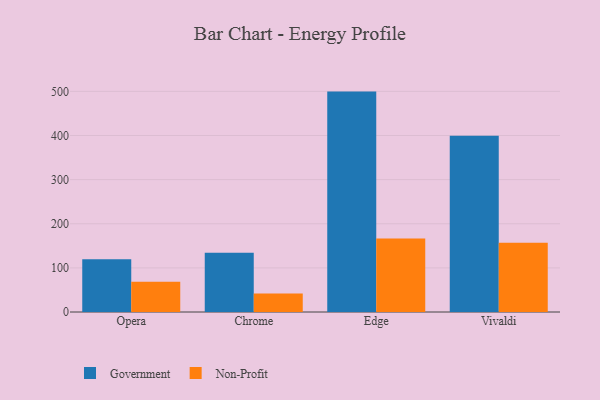
{"axis": {"x": "Browser", "y": "Humidity (%)"}, "legend": ["Government", "Non-Profit"], "data": [{"x": "Opera", "y": 119.7, "type": "Government"}, {"x": "Opera", "y": 68.4, "type": "Non-Profit"}, {"x": "Chrome", "y": 134.3, "type": "Government"}, {"x": "Chrome", "y": 42.2, "type": "Non-Profit"}, {"x": "Edge", "y": 499.5, "type": "Government"}, {"x": "Edge", "y": 166.5, "type": "Non-Profit"}, {"x": "Vivaldi", "y": 399.4, "type": "Government"}, {"x": "Vivaldi", "y": 156.7, "type": "Non-Profit"}]}